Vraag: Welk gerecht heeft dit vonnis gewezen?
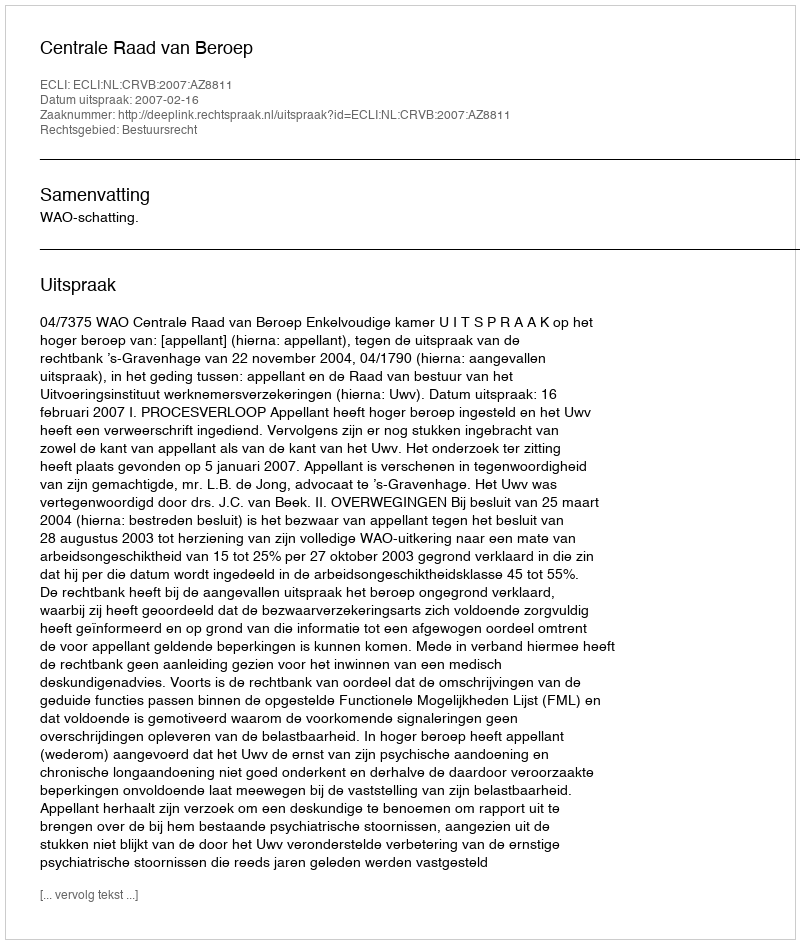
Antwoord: Centrale Raad van Beroep